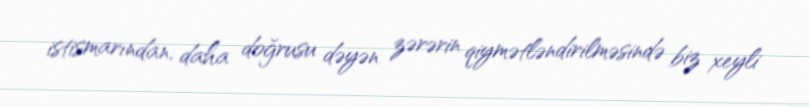
istismarından, daha doğrusu dəyən zərərin qiymətləndirilməsində biz xeyli